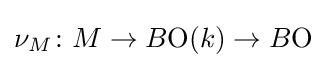
\nu _{M}\colon M\to B{\textrm {O}}(k)\to B{\textrm {O}}